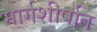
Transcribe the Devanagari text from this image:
मार्गशीर्षात